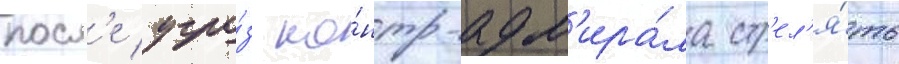
посл'е угро́з ко́нтр-адм'ира́ла стр'ел'я́ть